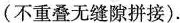
(不重叠无缝隙拼接)。